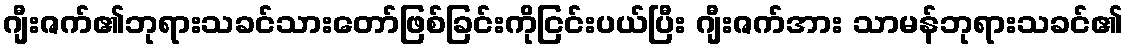
ဂျီးဇက်၏ဘုရားသခင်သားတော်ဖြစ်ခြင်းကိုငြင်းပယ်ပြီး ဂျီးဇက်အား သာမန်ဘုရားသခင်၏